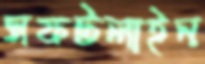
সফটলাইন